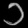
Digit: ၁